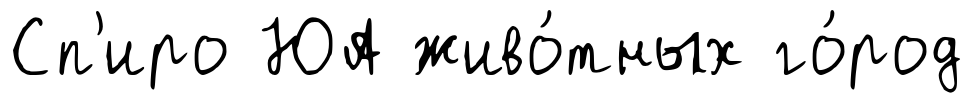
Сп'иро ЮА живо́тных го́род